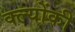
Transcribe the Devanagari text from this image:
क्ल्योंकी